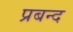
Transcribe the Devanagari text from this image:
प्रबन्द